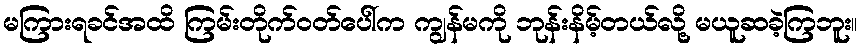
မကြားရခင်အထိ ကြမ်းတိုက်ဝတ်ပေါ်က ကျွန်မကို ဘုန်းနိမ့်တယ်လို့ မယူဆခဲ့ကြဘူး။